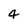
Character: 4